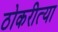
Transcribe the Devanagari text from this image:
ठोकरीत्या